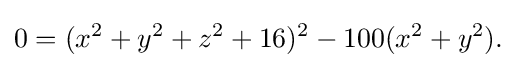
0=(x^{2}+y^{2}+z^{2}+16)^{2}-100(x^{2}+y^{2}).\,\!